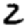
Digit: 2